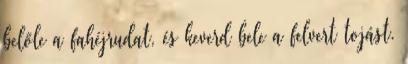
belőle a fahéjrudat, és keverd bele a felvert tojást.